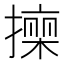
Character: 𭢠